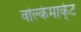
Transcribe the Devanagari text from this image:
वोल्केमार्के्ट